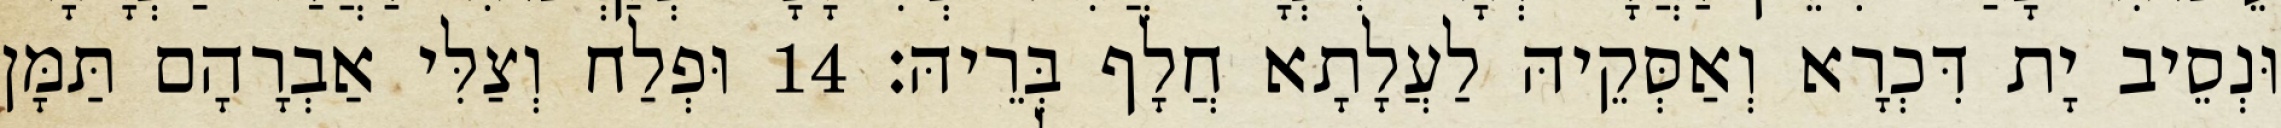
וּנְסֵיב יָת דִּכְרָא וְאַסְּקֵיהּ לַעֲלָתָא חֲלָף בְּרֵיהּ׃ 14 וּפְלַח וְצַלִּי אַבְרָהָם תַּמָּן